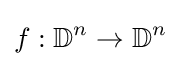
f:\mathbb {D} ^{n}\rightarrow \mathbb {D} ^{n}